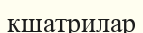
кшатрилар